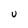
Character: u